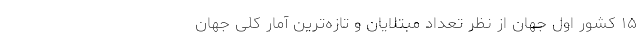
۱۵ کشور اول جهان از نظر تعداد مبتلایان و تازه‌ترین آمار کلی جهان